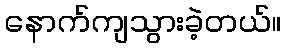
နောက်ကျသွားခဲ့တယ်။